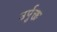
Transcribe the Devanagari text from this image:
उर्पुक्त